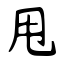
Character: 甩